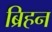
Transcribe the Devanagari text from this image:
ब्रिहन